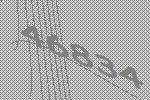
46834